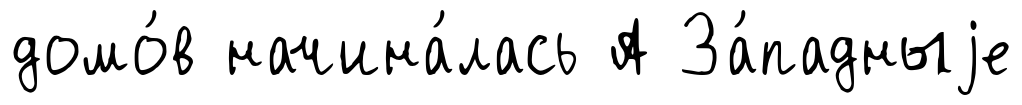
домо́в начина́лась А За́падныjе